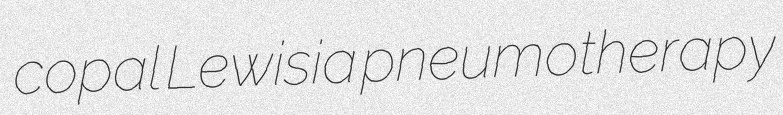
copal Lewisia pneumotherapy